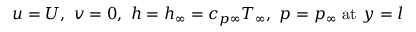
u = U , \ v = 0 , \ h = h _ { \infty } = c _ { p \infty } T _ { \infty } , \ p = p _ { \infty } \ { \mathrm { a t } } \ y = l